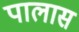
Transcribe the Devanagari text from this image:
पालास